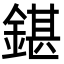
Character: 鍖